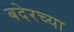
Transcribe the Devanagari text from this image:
बदेरच्या